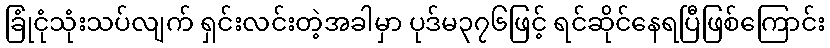
ခြုံငုံသုံးသပ်လျက် ရှင်းလင်းတဲ့အခါမှာ ပုဒ်မ၃၇၆ဖြင့် ရင်ဆိုင်နေရပြီဖြစ်ကြောင်း